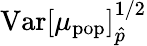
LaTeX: \mathrm{Var}[\mu_{\mathrm{pop}}]_{\hat{p}}^{1/2}